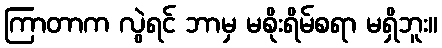
ကြာတာက လွဲရင် ဘာမှ မစိုးရိမ်စရာ မရှိဘူး။